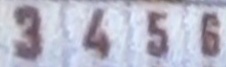
3 4 5 6